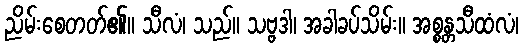
ညိမ်းစေတတ်၏။ သီလံ၊ သည်။ သဗ္ဗဒါ၊ အခါခပ်သိမ်း။ အစ္စန္တသီထံလံ၊